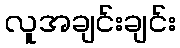
လူအချင်းချင်း